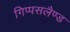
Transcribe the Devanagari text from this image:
गिप्पसलैण्ड